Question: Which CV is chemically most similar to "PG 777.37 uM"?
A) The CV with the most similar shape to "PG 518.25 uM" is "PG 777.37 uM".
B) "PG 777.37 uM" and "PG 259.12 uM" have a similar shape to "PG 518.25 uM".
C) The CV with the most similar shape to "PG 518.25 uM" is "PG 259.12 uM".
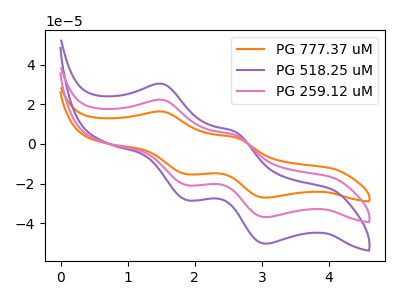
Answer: <think>The orange curve "PG 777.37 uM" has anodic peaks at (1.55V, 44.35uA) (2.60V, 8.90uA) and cathodic peaks at (1.90V, -41.50uA) (3.05V, -73.85uA). The purple curve "PG 518.25 uM" has anodic peaks at (1.55V, 30.20uA) (2.60V, 6.05uA) and cathodic peaks at (1.90V, -28.30uA) (3.05V, -50.30uA). The pink curve "PG 259.12 uM" has anodic peaks at (1.55V, 22.15uA) (2.60V, 4.45uA) and cathodic peaks at (1.90V, -20.75uA) (3.05V, -36.90uA).
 All the peaks in "PG 777.37 uM" have a peak in "PG 518.25 uM" at the same potential. Every peak in "PG 777.37 uM" is higher than every peak in "PG 518.25 uM". All the peaks in "PG 777.37 uM" have a peak in "PG 259.12 uM" at the same potential. Every peak in "PG 777.37 uM" is higher than every peak in "PG 259.12 uM". All the peaks in "PG 518.25 uM" have a peak in "PG 259.12 uM" at the same potential. Every peak in "PG 518.25 uM" is higher than every peak in "PG 259.12 uM".</think>
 <answer>B) "PG 777.37 uM" and "PG 259.12 uM" have a similar shape to "PG 518.25 uM".</answer>
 <eval>B</eval>